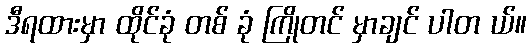
ဒီရထားမှာ ထိုင်ခုံ တစ် ခုံ ကြိုတင် မှာချင် ပါတ ယ်။